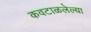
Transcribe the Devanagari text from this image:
कवटाळलेल्या